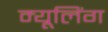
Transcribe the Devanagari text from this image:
म्यूलिंग